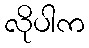
လိုပါက